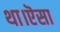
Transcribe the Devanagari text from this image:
था।ऎसा